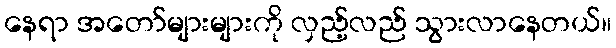
နေရာ အတော်များများကို လှည့်လည် သွားလာနေတယ်။